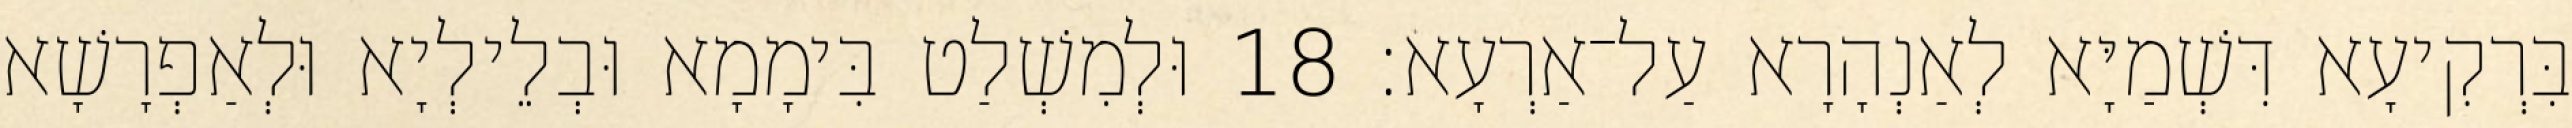
בִּרְקִיעָא דִּשְׁמַיָּא לְאַנְהָרָא עַל־אַרְעָא׃ 18 וּלְמִשְׁלַט בִּימָמָא וּבְלֵילְיָא וּלְאַפְרָשָׁא